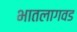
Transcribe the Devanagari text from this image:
भातलागवड